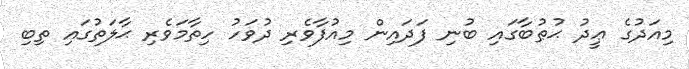
މިއަދުގެ ޢީދު ޙުޠުބާގައި ބުނި ފަދައިން މިއުފާވެރި ދުވަހު ހިތާމަވެރި ޙާލަތުގައި ތިބި